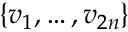
\{ v _ { 1 } , \ldots , v _ { 2 n } \}